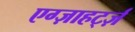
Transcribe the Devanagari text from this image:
एग्ज़ाहर्ट्ज़